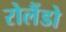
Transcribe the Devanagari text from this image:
रोलैंडो